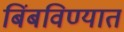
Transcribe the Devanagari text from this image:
बिंबविण्यात